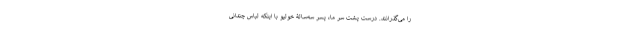
را می‌گذرانند. درست پشت سرِ ما، پسر سه‌سالۀ خولیو با اینکه لباس چندانی